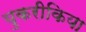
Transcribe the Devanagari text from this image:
युकरीकिया